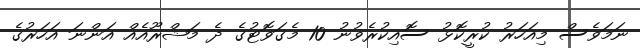
ނަމަވެސް މިއަހަރު ކުރީކޮޅު ސޮއިކުރެވުނު 10 މެގަވޮޓުގެ ދެ މަޝްރޫއެއް އަންނަ އަހަރުގެ